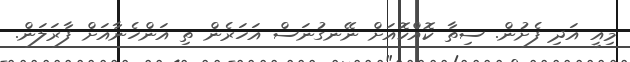
މިއީ އަދި ފެށުން. ސިތާ ކޮއްކޮއަށް ނޭނގުނަސް އަހަރެން ތި އަންހެނާއަށް ފާރަލަން.